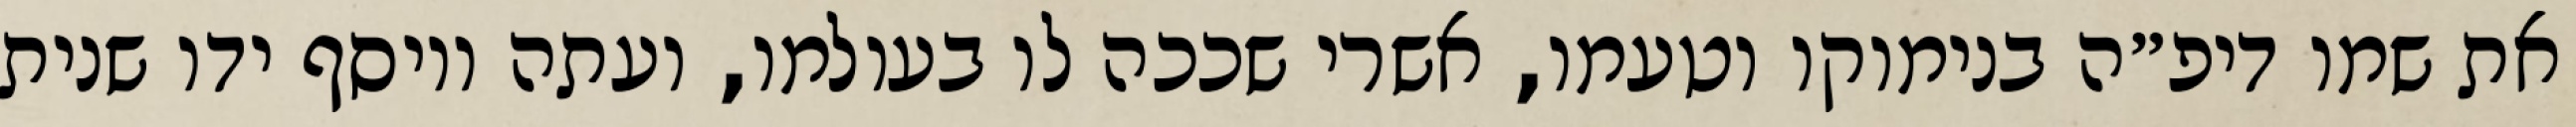
את שמו דיפ״ה בנימוקו וטעמו, אשרי שככה לו בעולמו, ועתה ויוסף ידו שנית